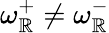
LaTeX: \omega_{\mathbb{R}}^{+}\neq\omega_{\mathbb{R}}^{-}